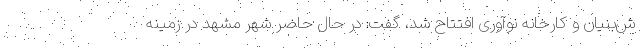
ش‌بنیان و کارخانه نوآوری افتتاح شد، گفت: در حال حاضر شهر مشهد در زمینه